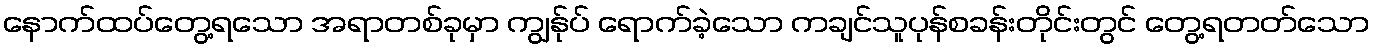
နောက်ထပ်တွေ့ရသော အရာတစ်ခုမှာ ကျွန်ုပ် ရောက်ခဲ့သော ကချင်သူပုန်စခန်းတိုင်းတွင် တွေ့ရတတ်သော